system: You are a helpful assistant.
user:
Analyze the provided spectrum to determine if it is a **S-type Star**.

- **Key Indicators for S-type Star:**

    - **(Overall Spectrum Shape):** The first and most obvious characteristic is the overall continuum (the "baseline" shape). It is **extremely "red-sloping,"** meaning the flux (light intensity) is very low on the left side (blue, ~4000-4500 Å) and rises steeply and continuously toward the right side (red, ~7000 Å+).

    - **(Primary):** The spectrum is defined by the presence of strong, broad molecular absorption "valleys" (bands) from **Zirconium Oxide (ZrO)**. The identification of these bands is the **primary requirement** for classifying a star as S-type.
        - **(Key Bandheads):** You must find distinct, deep "dips" where the light has been absorbed. The most critical band systems to locate are:
            - **~6474 Å** ($\gamma$-system): This is often the strongest and clearest ZrO feature, found in the red part of the spectrum.
            - **~5718 Å** & **~5551 Å** ($\beta$-system): A pair of prominent absorption features in the yellow-orange part of the spectrum.
            - **~4640 Å** ($\alpha$-system): A key absorption band system in the blue-green region of the spectrum.

    - **(Secondary Confirmation):** The classification is strengthened by finding additional absorption bands from other related heavy element oxides, which are expected to be present alongside ZrO.
        - **(Key Bandheads):**
            - **Yttrium Oxide (YO):** Look for absorption dips near **~4800 Å** and **~6100 Å**.
            - **Lanthanum Oxide (LaO):** Additional absorption features, particularly in the red-orange part of the spectrum, are also characteristic.

    - **(Line Profile):** The combination of the steep red continuum and these numerous, deep molecular bands (ZrO, YO, etc.) gives the entire spectrum a very **"chopped-up"** or **"bumpy"** appearance. Instead of a smooth curve, the spectrum looks as though large, wide chunks of light have been "carved out" of it at the specific wavelengths listed above.

Think first, call **spectral_visualization_tool** if needed to examine features in detail, then provide your final answer. Your response must adhere to the following strict rules:
1.  **Overall Structure:** Your response must follow the format `<think>...</think> <tool_call>...</tool_call> (if a tool is used) <answer>...</answer>`.
2.  **Tool Usage Constraint:** You may only make **one** tool call per turn.
3.  **Final Answer Format:** In the `<answer>` tag, your conclusion must be inside a `\boxed{}` command (e.g., `\boxed{YES}` or `\boxed{NO}`), followed by your justification.

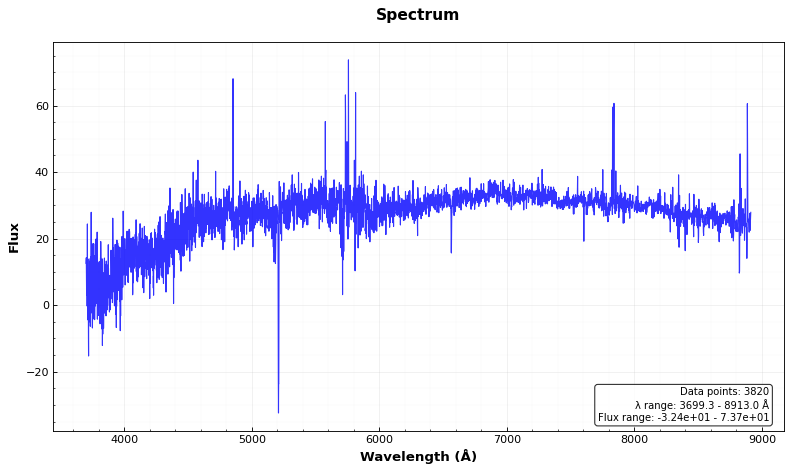
Answer: NO